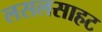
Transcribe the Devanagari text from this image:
लसलसाहट